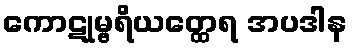
ကောဋုမ္ဗရိယတ္ထေရ အပဒါန